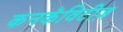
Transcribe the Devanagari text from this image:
कनकॅविटीज़